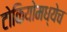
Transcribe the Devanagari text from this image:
टोकियोमध्येच